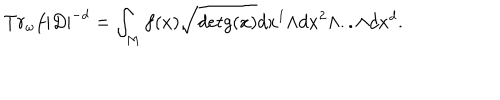
LaTeX: T r _ { \omega } f | D | ^ { - d } = \int _ { M } f ( x ) \sqrt { d e t g ( x ) } d x ^ { 1 } { \wedge } d x ^ { 2 } { \wedge } . . { \wedge } d x ^ { d } .